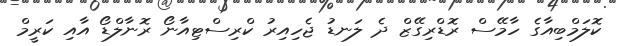
ކޮލަމްބިއާގެ ހާމޭސް ރޮޑްރިގޭޒް ދެ ލަނޑު ޖެހިއިރު ކްރިސްޓިއާނޯ ރޮނާލްޑޯ އާއި ކަރީމް